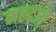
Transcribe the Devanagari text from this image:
महदजी